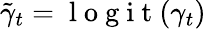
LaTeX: \tilde{\gamma}_{t}=\mathrm{~l~o~g~i~t~}(\gamma_{t})